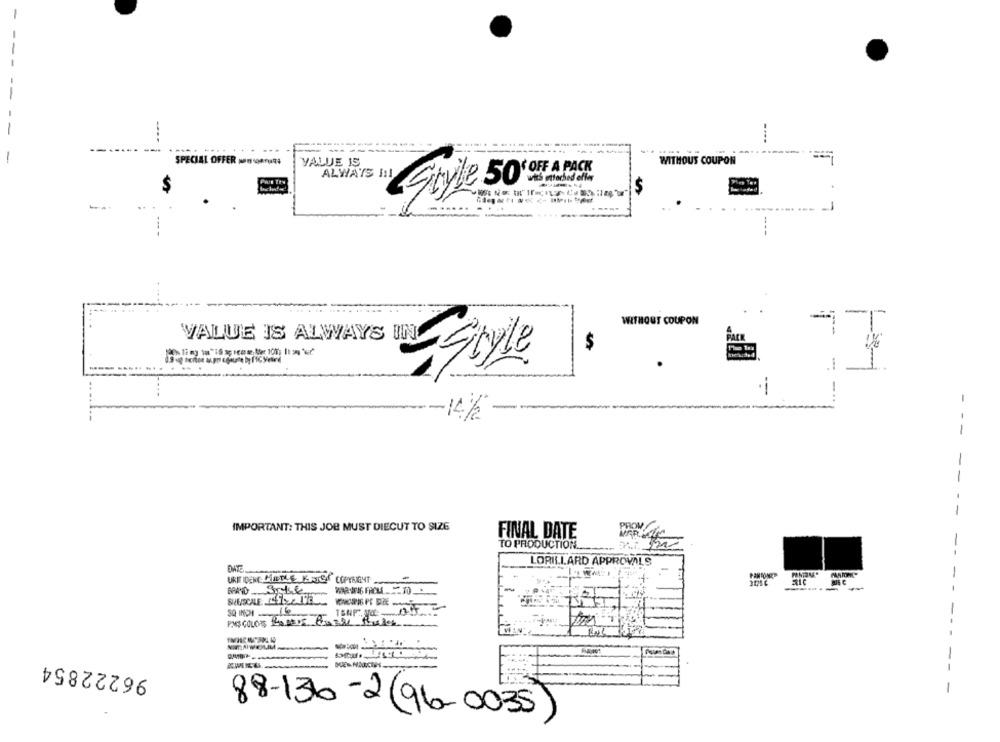
----
....
--
--
SPECIAL OFFER penseUR
VALUE IS
WITHOUT COUPON
OFF A PACK
ALWAYS IN!
with attached offer
$
$
......
-
WITHOUT COUPON
VALUE IS ALWAYS UNG
PACK
$
Estyle
-
14/2
--
IMPORTANT: THIS JOB MUST DIECUT TO SIZE
FINAL DATE
TO PRODUCTION ..
LORILLARD APPROVALS
UKIT IDENT MATLE KETET COPYRIGHT
3175C
--
SHEASCALESSE
16
PMS COLORS 140 0005 Razze Rules
-
96222854
88-130-2 (96-0035)